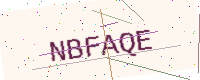
Text: NBFAQE